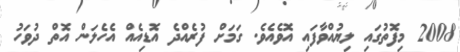
2008 މިފޮތުގައި ލިޔުއްވާފައި އޮވެއެވެ. ގަމަށް ފުރެއްދެ އޮޑިއެއް އެހެލަން އޮތް ދުވަހު